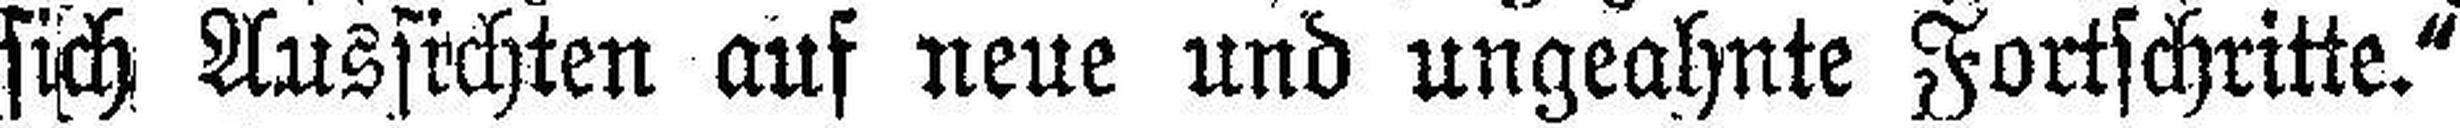
sich Aussichten auf neue und ungeahnte Fortschritte."